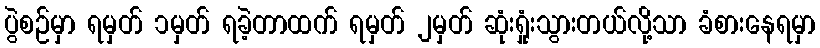
ပွဲစဉ်မှာ ရမှတ် ၁မှတ် ရခဲ့တာထက် ရမှတ် ၂မှတ် ဆုံးရှုံးသွားတယ်လို့သာ ခံစားနေရမှာ